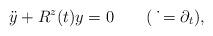
LaTeX: \begin{align*}\ddot{y}+R^z(t)y=0\qquad(\,\,\dot{}=\partial_t),\end{align*}